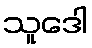
သူဒေါ